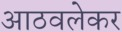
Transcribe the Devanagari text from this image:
आठवलेकर